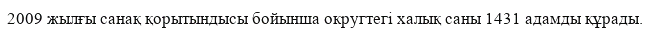
2009 жылғы санақ қорытындысы бойынша округтегі халық саны 1431 адамды құрады.